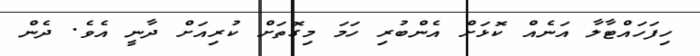
ހިފަހައްޓާލާ އަނެއް ކޮޅަށް އެންބުރި ހަމަ މިގޮތަށް ކުރިއަށް ދާނީ އެވެ. ދެން